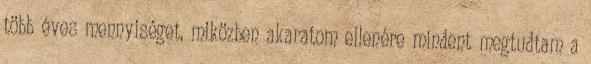
több éves mennyiséget, miközben akaratom ellenére mindent megtudtam a